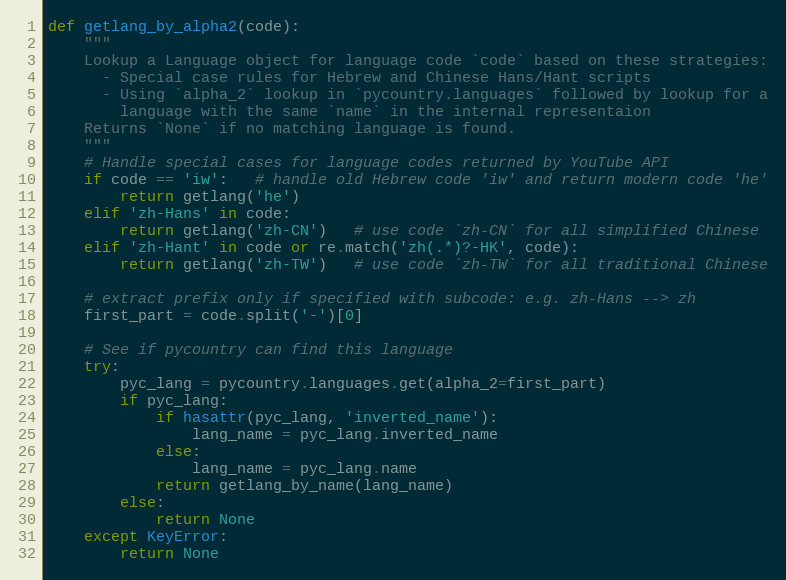
Language: Python
def getlang_by_alpha2(code):
    """
    Lookup a Language object for language code `code` based on these strategies:
      - Special case rules for Hebrew and Chinese Hans/Hant scripts
      - Using `alpha_2` lookup in `pycountry.languages` followed by lookup for a
        language with the same `name` in the internal representaion
    Returns `None` if no matching language is found.
    """
    # Handle special cases for language codes returned by YouTube API
    if code == 'iw':   # handle old Hebrew code 'iw' and return modern code 'he'
        return getlang('he')
    elif 'zh-Hans' in code:
        return getlang('zh-CN')   # use code `zh-CN` for all simplified Chinese
    elif 'zh-Hant' in code or re.match('zh(.*)?-HK', code):
        return getlang('zh-TW')   # use code `zh-TW` for all traditional Chinese

    # extract prefix only if specified with subcode: e.g. zh-Hans --> zh
    first_part = code.split('-')[0]

    # See if pycountry can find this language
    try:
        pyc_lang = pycountry.languages.get(alpha_2=first_part)
        if pyc_lang:
            if hasattr(pyc_lang, 'inverted_name'):
                lang_name = pyc_lang.inverted_name
            else:
                lang_name = pyc_lang.name
            return getlang_by_name(lang_name)
        else:
            return None
    except KeyError:
        return None